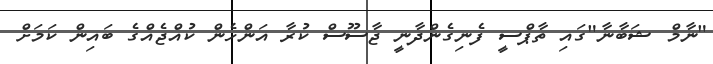
"ނާމް ޝަބާނާ"ގައި ތާޕްސީ ފެނިގެންދާނީ ޖާސޫސް ކުރާ އަންހެން ކުއްޖެއްގެ ބައިން ކަމަށް